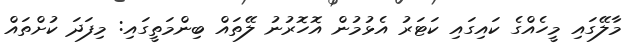
މާލޭގައި މީހެއްގެ ކައިގައި ކަޓަރު އެޅުމުން އޮހޮރުނު ލޭތައް ބިންމަތީގައި: މިފަދަ ކުށްތައް